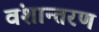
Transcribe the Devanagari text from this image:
वंशान्तरण